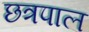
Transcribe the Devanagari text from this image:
छत्रपाल